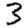
Digit: 3